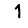
Digit: 1